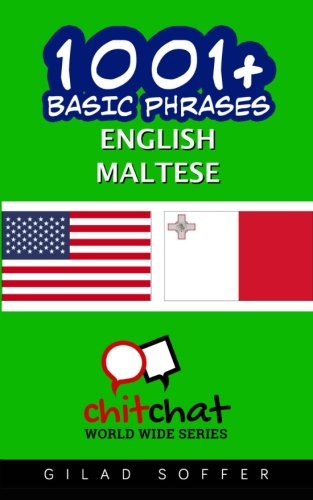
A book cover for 1001+ Basic Phrases English - Maltese; Gilad Soffer; Travel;